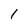
Character: 1